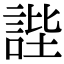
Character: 𧧺